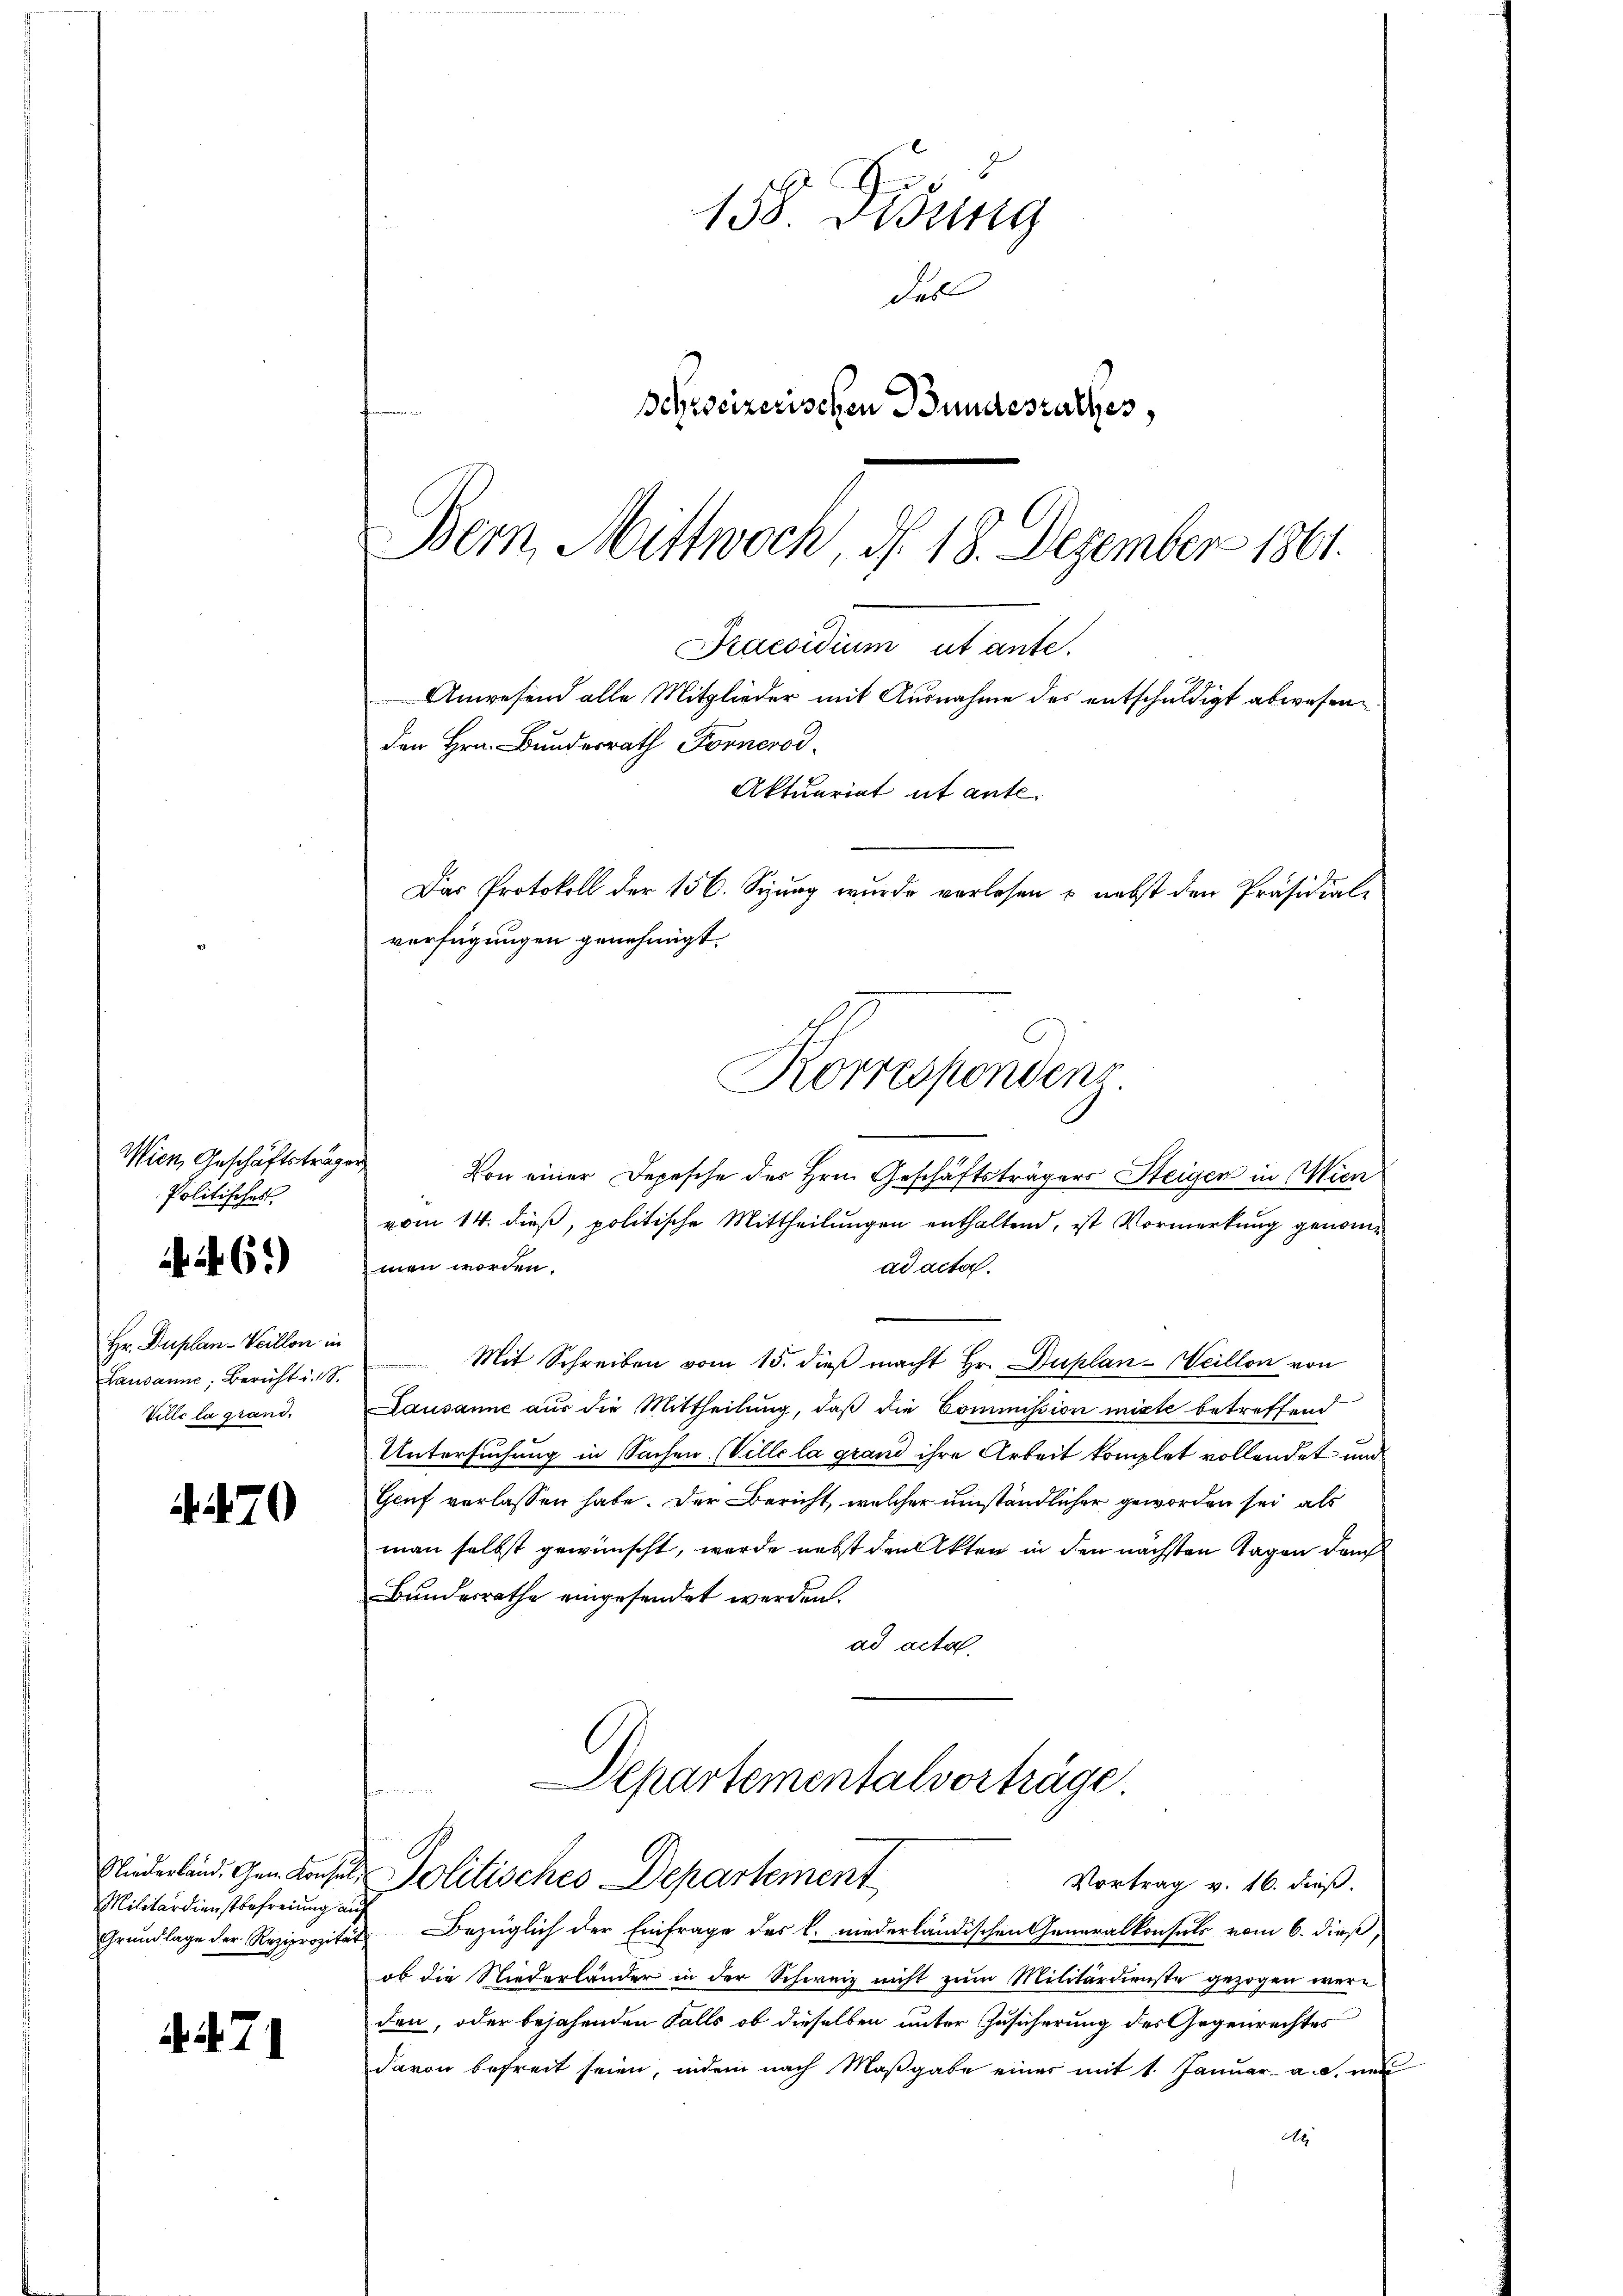
Wien, Geschäftsträger
Politisches

6)

Hr. Duplan- Veillon in
Lausanne, Bericht u. S.
Ville la grand.

. 470

Militärdienstbefreiung auf

. 71

2
158. Didung
des
Schreizerischen Bundesrathes,
Bern Mittwoch, d. 18. Dezember 1861.

Von einer Depesche des Hrn. Geschäftsträgers Steigen in Wien
vom 14. dieß, politische Mittheilungen enthaltend, ist Vormerkung genommen worden.
ad acta.
Mit Schreiben vom 15. dieß macht Hr. Duplan-Weillon von
Lausanne aus die Mittheilung, daβ die Commission mitte betreffend
Untersuchung in Sachen (Ville la grand ihre Arbeit komplet vollendet und
Geuf verlassen habe. Der Bericht, welcher umständlicher geworden sei, als
man selbst gewünscht, werde nebst den Akten in den nächsten Tagen durch
Bundesrathe eingesendet werden.
ad acta

Praesidium ut ante.
Anwesend alle Mitglieder mit Ausnahme des entschuldigt abwesenden Hrn. Bundesrath Fornerod
Aktuariat et ante¬
Das Protokoll der 156. Seizung wurde verlesen & nebst den Präsidial-
verfügungen genehmigt.
Korrespondens

Departementalvorträge.
Niederland. Gen. Konsuls Politisches Departement

Grŭndlage der Reziprozität Bezüglich der Einfrage des k. niederländischen Generalkonsuls vom 6. dieß,
ob die Niederländer in der Schweiz nicht zum Militärdienste gezogen wäre
den, oder bejahenden Falls ob dieselben unter Zusicherung des Gegenrechtes
davon befreit seien, indem nach Maßgabe einer mit 1. Januar a. a. ver
d

Vortrag v. 16. dieß.